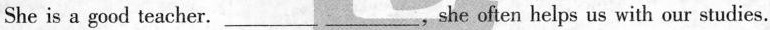
She is a good teacher.___ ___, she often helps us with our studies.